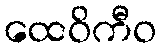
ထေဝိကီဝ